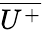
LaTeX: \overline{{U^{+}}}